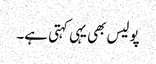
پولیس بھی یہی کہتی ہے۔